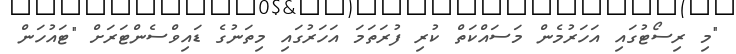
"މި ރިސޯޓުގައި އަހަރުމެން މަސައްކަތް ކުރި ފުރަތަމަ އަހަރުގައި މިތަނުގެ ޑައިވްސެންޓަރަށް "ޓައުހަން